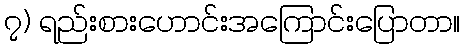
၇) ရည်းစားဟောင်းအကြောင်းပြောတာ။